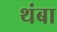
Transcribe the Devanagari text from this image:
थंबा